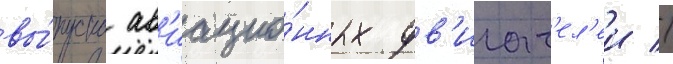
вы́пуска ав'иацио́нных дв'игат'ел'еи //